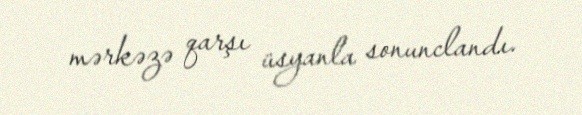
mərkəzə qarşı üsyanla sonunclandı.